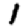
Digit: 1